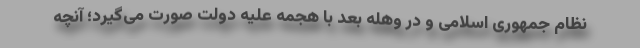
نظام جمهوری اسلامی و در وهله بعد با هجمه علیه دولت صورت می‌گیرد؛ آنچه